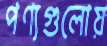
পণ্যগুলোয়